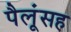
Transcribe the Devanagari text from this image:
पैलूंसह